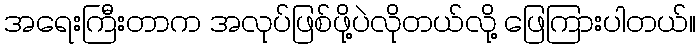
အရေးကြီးတာက အလုပ်ဖြစ်ဖို့ပဲလိုတယ်လို့ ဖြေကြားပါတယ်။